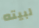
لبيته